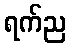
ရက်ည